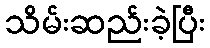
သိမ်းဆည်းခဲ့ပြီး